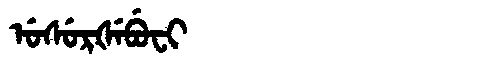
Manchu: ᡠᠰᡠᡵᡧᡝᠪᡠᠸᡳ
Romanization: USURŠEBUFI